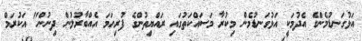
އަޅުގަނޑުމެންގެ އެދުމަކީ އަޅުގަނޑުމެން މިކުރާ މަސައްކަތުގައި ރައްޔިތުންގެ ފުރިހަމަ އެއްބާރުލުން ދިނުން" އަކުރަމް